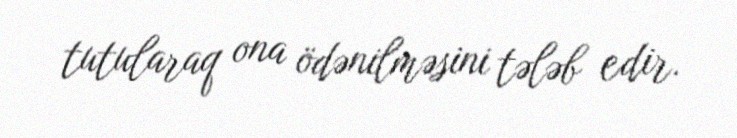
tutularaq ona ödənilməsini tələb edir.